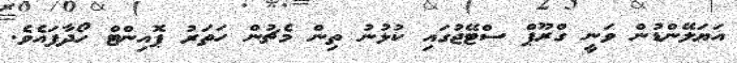
އަޔަލޭންޑުން ވަނީ ގްރޫޕް ސްޓޭޖުގައި ކުޅުނު ތިން މެޗުން ހަތަރު ޕޮއިންޓް ހޯދާފައެވެ.